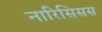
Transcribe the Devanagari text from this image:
नारिसिसस